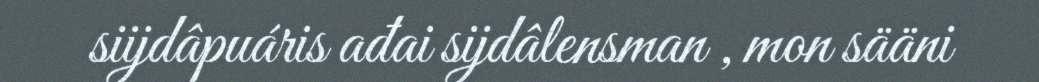
siijdâpuáris ađai sijdâlensman , mon sääni